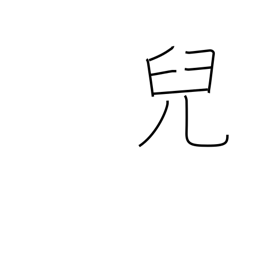
Meaning: child